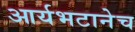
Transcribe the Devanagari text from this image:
आर्यभटानेच